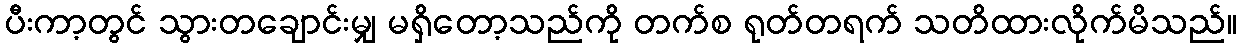
ပီးကာ့တွင် သွားတချောင်းမျှ မရှိတော့သည်ကို တက်စ ရုတ်တရက် သတိထားလိုက်မိသည်။